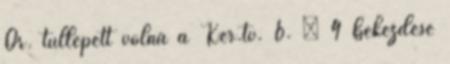
Ör. túllépett volna a Ker.tv. 6. § 4 bekezdése